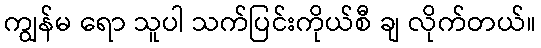
ကျွန်မ ရော သူပါ သက်ပြင်းကိုယ်စီ ချ လိုက်တယ်။